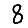
Digit: 8